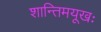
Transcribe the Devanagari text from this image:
शान्तिमयूखः